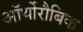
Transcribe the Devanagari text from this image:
ऑर्थोरौबिक